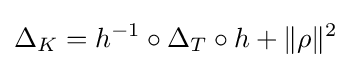
\displaystyle \Delta _{K}=h^{-1}\circ \Delta _{T}\circ h+\|\rho \|^{2}